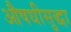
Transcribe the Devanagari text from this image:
औषधीसुद्धा